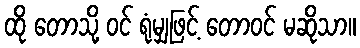
ထို တောသို့ ဝင် ရုံမျှဖြင့် တောဝင် မဆိုသာ။